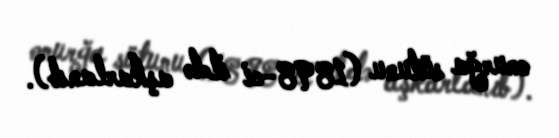
onurğa sütunu (1898-ci ildə aşkarlanıb).